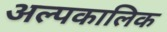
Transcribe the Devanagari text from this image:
अल्‍पकालिक